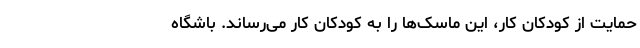
حمایت از کودکان کار، این ماسک‌ها را به کودکان کار می‌رساند. باشگاه